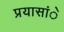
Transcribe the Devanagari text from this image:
प्रयासांे